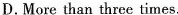
D.More than three times.